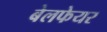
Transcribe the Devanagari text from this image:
बेलफेयर